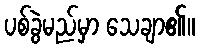
ပစ်ခွဲမည်မှာ သေချာ၏။